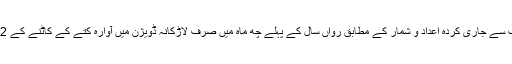
سندھ کے ڈائریکٹر جنرل ہیلتھ کی جانب سے جاری کردہ اعداد و شمار کے مطابق رواں سال کے پہلے چھ ماہ میں صرف لاڑکانہ ڈویژن میں آوارہ کتے کے کاٹنے کے 22 ہزار سے زائد واقعات رپورٹ ہوئے۔